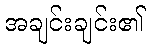
အချင်းချင်း၏